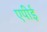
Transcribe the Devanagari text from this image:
एपीई